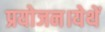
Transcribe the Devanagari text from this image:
प्रयोजन।येथें